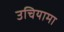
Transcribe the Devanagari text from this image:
उचियामा